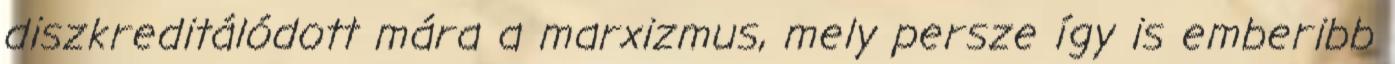
diszkreditálódott mára a marxizmus, mely persze így is emberibb